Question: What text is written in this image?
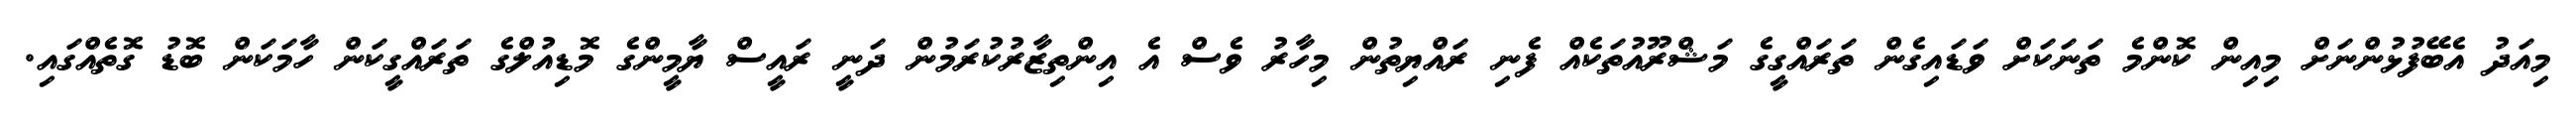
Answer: މިއަދު އެބޭފުޅުންނަށް މިއިން ކޮންމެ ތަނަކަށް ވަޑައިގެން ތަރައްގީގެ މަޝްރޫއުތަކެއް ފެނި ރައްޔިތުން މިހާރު ވެސް އެ އިންތިޒާރުކުރަމުން ދަނީ ރައީސް ޔާމީންގެ މޮޑިއުލްގެ ތަރައްގީކަން ހާމަކަން ބޮޑު ގޮތެއްގައި.